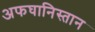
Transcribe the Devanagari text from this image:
अफघानिस्तान